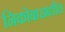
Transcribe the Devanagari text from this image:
निकोबारमधील